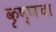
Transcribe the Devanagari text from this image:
कृष्णचा